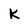
Character: k